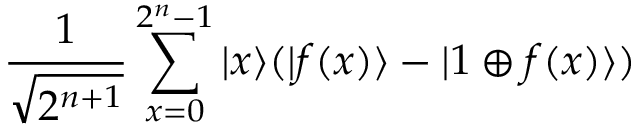
{ \frac { 1 } { \sqrt { 2 ^ { n + 1 } } } } \sum _ { x = 0 } ^ { 2 ^ { n } - 1 } | x \rangle ( | f ( x ) \rangle - | 1 \oplus f ( x ) \rangle )